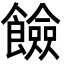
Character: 𩟅